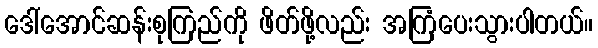
ဒေါ်အောင်ဆန်းစုကြည်ကို ဖိတ်ဖို့လည်း အကြံပေးသွားပါတယ်။